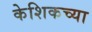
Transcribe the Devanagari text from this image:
केशिकच्या